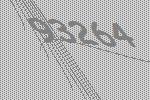
93264